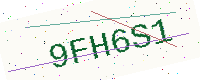
Text: 9FH6S1